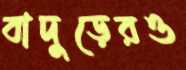
বাদুড়েরও